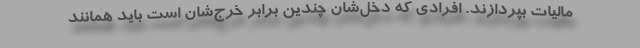
مالیات بپردازند. افرادی که دخل‌شان چندین برابر خرج‌شان است باید همانند